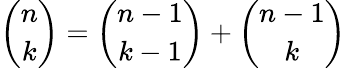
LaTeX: {\binom{n}{k}}={\binom{n-1}{k-1}}+{\binom{n-1}{k}}